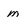
Character: m